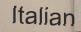
Italian